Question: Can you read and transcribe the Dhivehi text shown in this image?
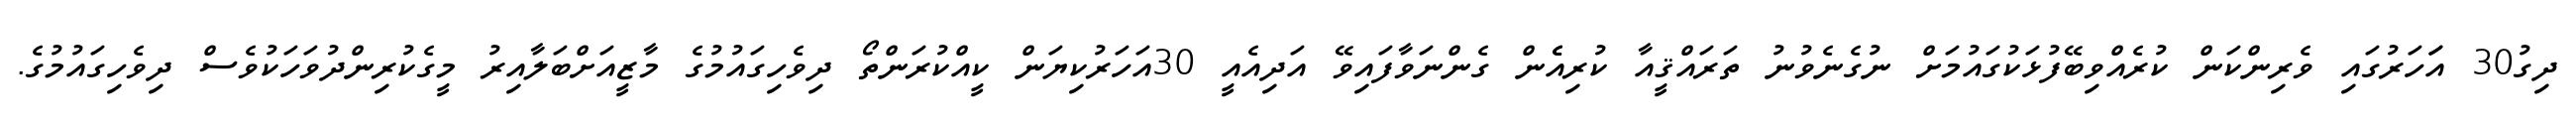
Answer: ދިގު30 އަަހަރުގައި ވެރިންކަން ކުރެއްވިބޭފުޅަކުގައުމަށް ނުގެނެވުނު ތަރައްޤީއާ ކުރިއެެން ގެންނަވާފައިވޭ އަދިއެއީ 30އަހަރުކިޔަން ކީއްކުރަންތޯ ދިވެހިގައުމުގެ މާޒީއަށްބަލާއިރު މީގެކުރިންދުވަހަކުވެސް ދިވެހިގައުމުގެ.